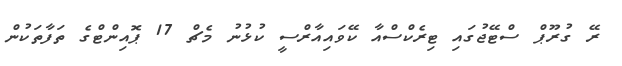
ރޭ ގުރޫޕް ސްޓޭޖުގައި ޓިރެކްސްއާ ކޭވައިއާރްސީ ކުޅުނު މެޗް 17 ޕޮއިންޓްގެ ތަފާތަކުން